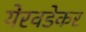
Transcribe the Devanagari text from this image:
येरवडेकर